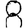
Digit: 8